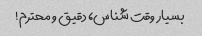
بسیار وقت شناس، دقیق و محترم!